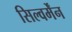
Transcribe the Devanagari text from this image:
सिल्वर्मेंन